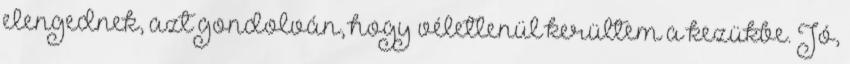
elengednek, azt gondolván, hogy véletlenül kerültem a kezükbe. Jó,